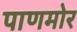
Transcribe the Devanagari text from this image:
पाणमोर